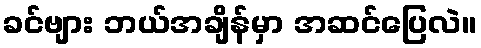
ခင်ဗျား ဘယ်အချိန်မှာ အဆင်ပြေလဲ။